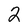
Character: 2